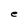
Character: e